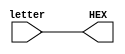
module displayLetters(letter,HEX);
	input [0:7] letter;
	output [7:0] HEX;
	
	assign HEX = letter;
	
endmodule